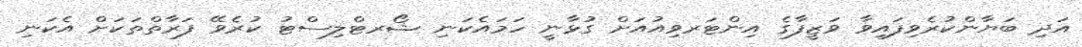
އަދި ބަޔާންކުރެވިފައިވާ ވަޒީފާގެ އިންޓަރވިއުއަށް ގުޅާނީ ހަމައެކަނި ޝޯރޓްލިސްޓު ކުރެވޭ ފަރާތްތަކަށް އެކަނި